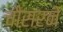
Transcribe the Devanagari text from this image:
चौसरने